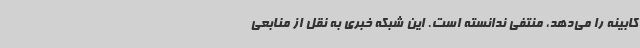
کابینه را می‌دهد، منتفی ندانسته است. این شبکه خبری به نقل از منابعی